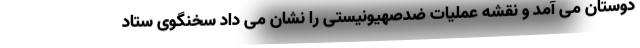
دوستان می آمد و نقشه عملیات ضدصهیونیستی را نشان می داد سخنگوی ستاد